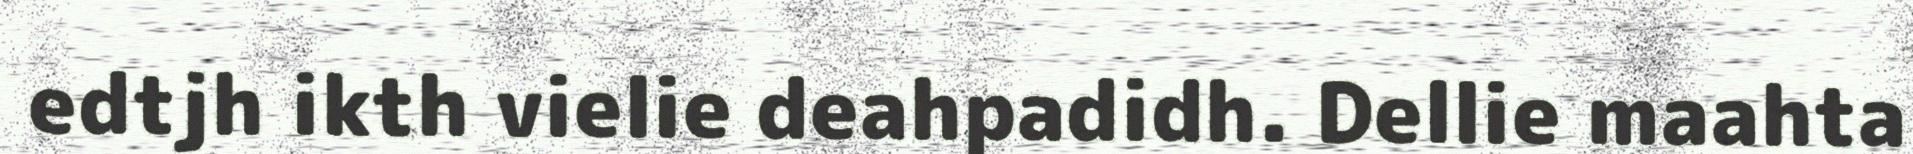
edtjh ikth vielie deahpadidh. Dellie maahta